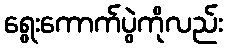
ရွေးကောက်ပွဲကိုလည်း